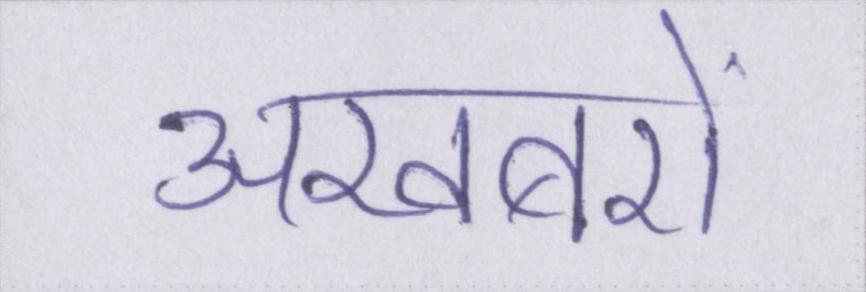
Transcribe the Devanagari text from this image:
अखबरों